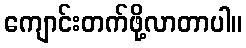
ကျောင်းတက်ဖို့လာတာပါ။